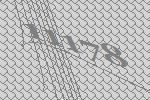
11178